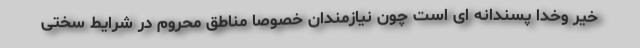
خیر وخدا پسندانه ای است چون نیازمندان خصوصا مناطق محروم در شرایط سختی